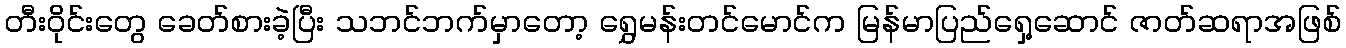
တီးဝိုင်းတွေ ခေတ်စားခဲ့ပြီး သဘင်ဘက်မှာတော့ ရွှေမန်းတင်မောင်က မြန်မာပြည်ရှေ့ဆောင် ဇာတ်ဆရာအဖြစ်